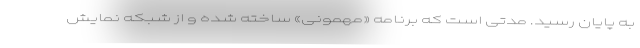
به پایان رسید. مدتی است که برنامه «مهمونی» ساخته شده و از شبکه نمایش